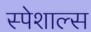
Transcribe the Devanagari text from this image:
स्पेशाल्स